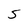
Character: 5